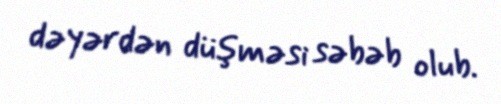
dəyərdən düşməsi səbəb olub.